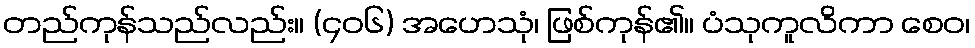
တည်ကုန်သည်လည်း။ (၄၀၆) အဟေသုံ၊ ဖြစ်ကုန်၏။ ပံသုကူလိကာ စေဝ၊